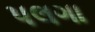
પલગા